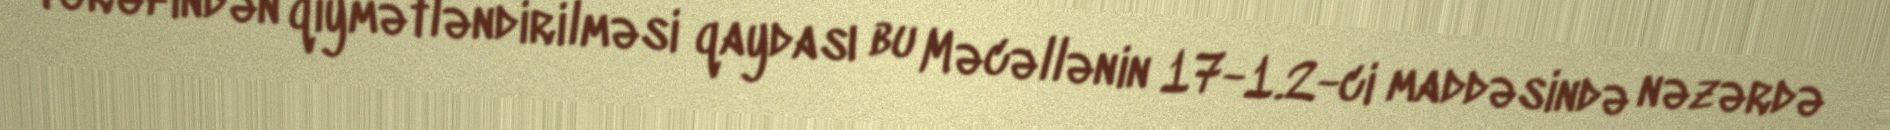
tərəfindən qiymətləndirilməsi qaydası bu Məcəllənin 17-1.2-ci maddəsində nəzərdə